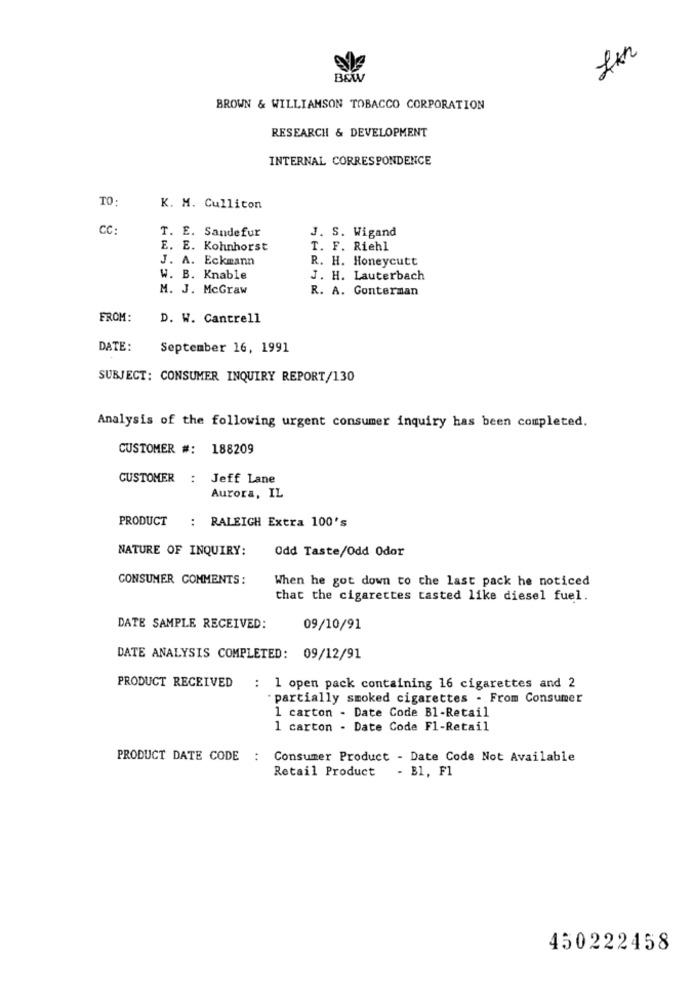
B&W
BROWN & WILLIAMSON TOBACCO CORPORATION
RESEARCH & DEVELOPMENT
INTERNAL CORRESPONDENCE
TO:
K. M. Culliton
cc:
J. S. Wigand
T. E. Sandefur
E. E. Kohnhorst
T. F. Riehl
J. A. Eckmann
R. H. Honeycutt
W. B. Knable
J. H. Lauterbach
M. J. McGraw
R. A. Conterman
FROM:
D. W. Cantrell
DATE:
September 16, 1991
SUBJECT: CONSUMER INQUIRY REPORT/130
Analysis of the following urgent consumer inquiry has been completed.
CUSTOMER #: 188209
CUSTOMER : Jeff Lane
Aurora, IL
PRODUCT
: RALEIGH Extra 100's
NATURE OF INQUIRY:
Odd Taste/Odd Odor
CONSUMER COMMENTS:
When he got down to che last pack he noticed
that the cigarettes tasted like diesel fuel.
DATE SAMPLE RECEIVED:
09/10/91
DATE ANALYSIS COMPLETED: 09/12/91
PRODUCT RECEIVED : 1 open pack containing 16 cigarettes and 2
- partially smoked cigarettes - From Consumer
1 carton - Date Code Bl-Retail
1 carton - Date Code Fl-Retail
PRODUCT DATE CODE : Consumer Product - Date Code Not Available
Retail Product - Bl, Fl
450222458